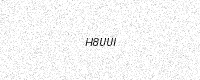
Text: H8UUI